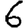
Digit: 6